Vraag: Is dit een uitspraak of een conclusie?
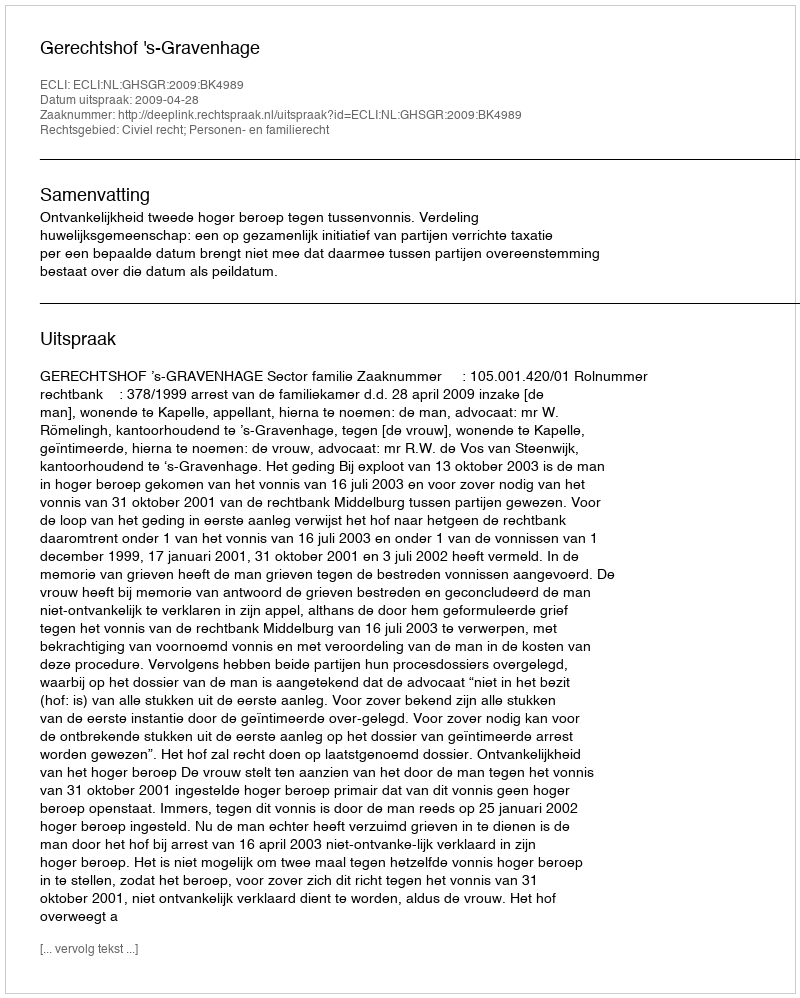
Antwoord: Uitspraak